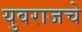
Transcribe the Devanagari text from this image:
युवराजचे